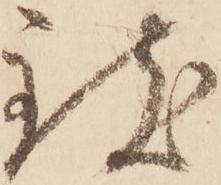
致